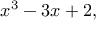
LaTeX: x ^ { 3 } - 3 x + 2 ,